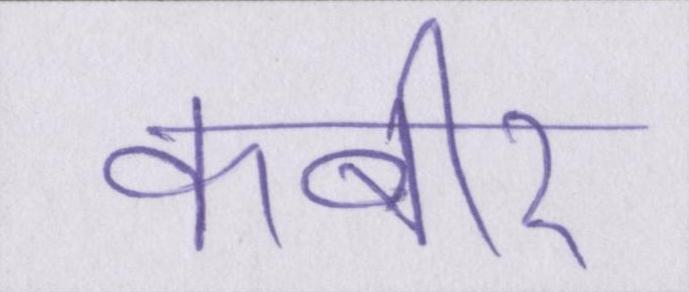
कबीर